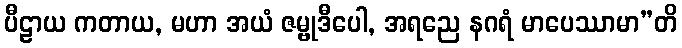
ပီဠာယ ကတာယ, မဟာ အယံ ဇမ္ဗုဒီပေါ, အရညေ နဂရံ မာပေဿာမာ”တိ